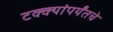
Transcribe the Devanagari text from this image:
टक्क्यांपर्यंतचे